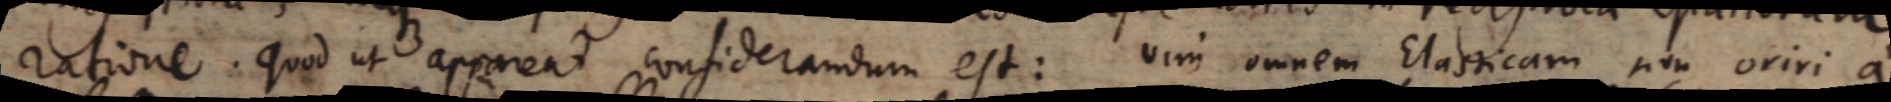
ratione. Quod ut appareat considerandum est: vim omnem Elasticam non oriri a